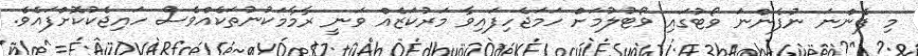
މި ފެންނަ ނުފެންނަ ވޯޓުގައި ވޯޓުލުމަށް ހަމަޖެހިފައިވާ މަރުކަޒެއް ވަނީ ރާމާމަކުނުތަކެއްވެސް ހައިޖެކުކޮށްފައެވެ.